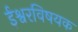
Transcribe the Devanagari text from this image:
ईश्वरविषयक